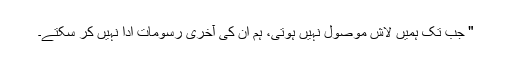
" جب تک ہمیں لاش موصول نہیں ہوتی، ہم ان کی آخری رسومات ادا نہیں کر سکتے۔